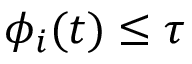
\phi _ { i } ( t ) \leq \tau